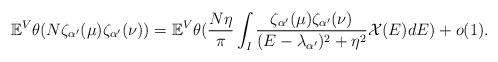
LaTeX: \begin{align*} \mathbb{E}^V \theta(N \zeta_{\alpha^{\prime}}(\mu)\zeta_{\alpha^{\prime}}(\nu))= \mathbb{E}^V \theta(\frac{ N \eta}{\pi} \int_I \frac{\zeta_{\alpha^{\prime}}(\mu)\zeta_{\alpha^{\prime}}(\nu)}{(E-\lambda_{\alpha^{\prime}})^2+\eta^2} \mathcal{X}(E) dE )+o(1).\end{align*}